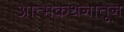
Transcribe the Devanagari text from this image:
आत्मकथनातून